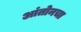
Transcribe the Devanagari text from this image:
आंतोनचा